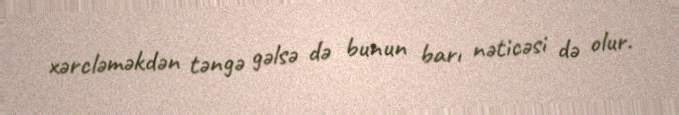
xərcləməkdən təngə gəlsə də bunun barı nəticəsi də olur.